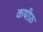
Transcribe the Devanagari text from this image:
कषीफ़